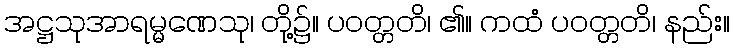
အဋ္ဌသုအာရမ္မဏေသု၊ တို့၌။ ပဝတ္တတိ၊ ၏။ ကထံ ပဝတ္တတိ၊ နည်း။